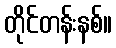
တိုင်တန်းနစ်။